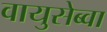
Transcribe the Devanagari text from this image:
वायुसेब्वा